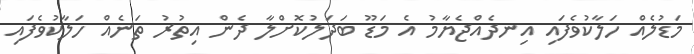
މަޑުލެއް ހަލާކުވެފައި އިނދެއްޖެޔާމު އެ މަޑޫ ބަދަލުކޮށްލާ ދެން އިތުރު ތަނެއް ހަލާކުވެފައި